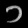
Digit: ၁